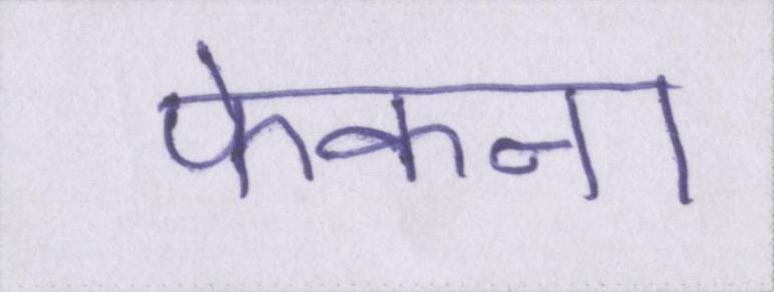
फेकना